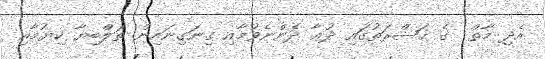
އެދި މާތް  ގެ ޙަޟްރަތުގައި ދުޢާ ދެންނެވުމާއި ގިނަގިނައިން ތަލްބިޔާ ކިޔުމާއި